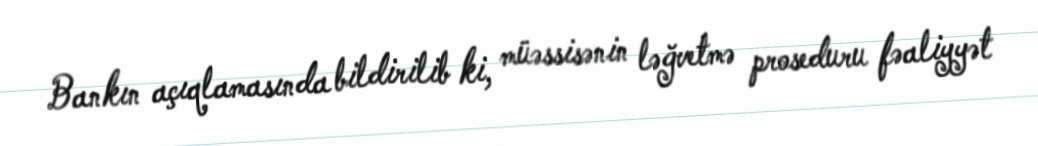
Bankın açıqlamasında bildirilib ki, müəssisənin ləğvetmə proseduru fəaliyyət